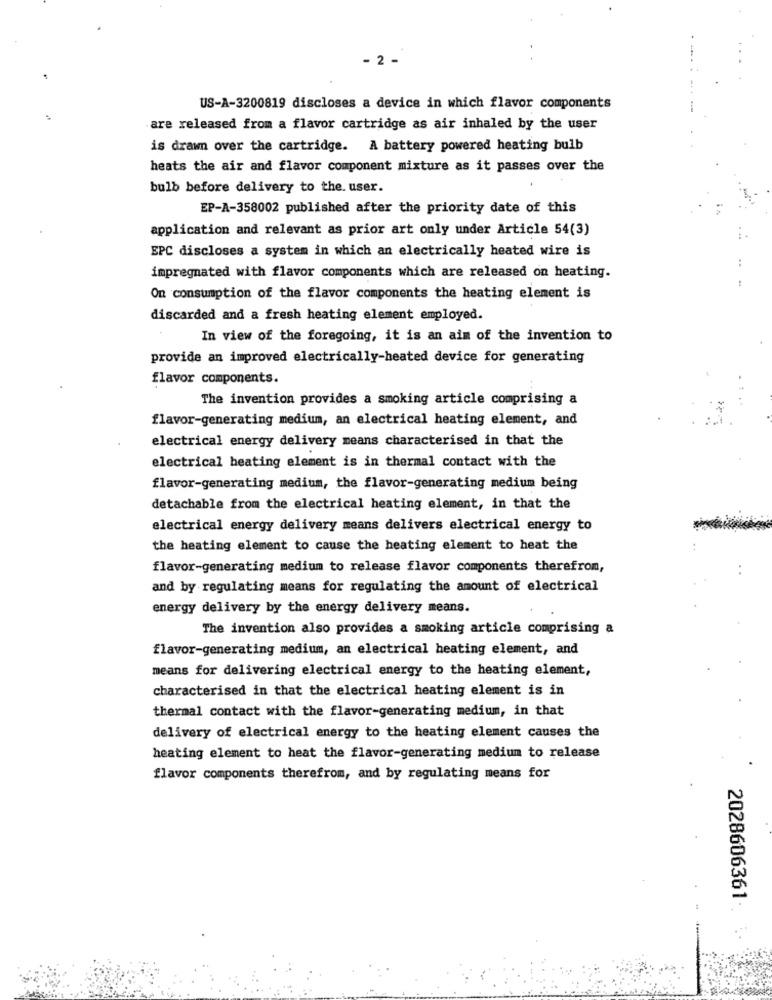
- 2 -
US-A-3200819 discloses a device in which flavor components
are released from a flavor cartridge as air inhaled by the user
is drawn over the cartridge. A battery powered heating bulb
heats the air and flavor component mixture as it passes over the
bulb before delivery to the. user.
EP-A-358002 published after the priority date of this
application and relevant as prior art only under Article 54(3)
EPC discloses a system in which an electrically heated wire is
..
impregnated with flavor components which are released on heating.
On consumption of the flavor components the heating element is
discarded and a fresh heating element employed.
In view of the foregoing, it is an aim of the invention to
provide an improved electrically-heated device for generating
flavor components.
The invention provides a smoking article comprising a
flavor-generating medium, an electrical heating element, and
electrical energy delivery means characterised in that the
electrical heating element is in thermal contact with the
flavor-generating medium, the flavor-generating medium being
detachable from the electrical heating element, in that the
electrical energy delivery means delivers electrical energy to
the heating element to cause the heating element to heat the
flavor-generating medium to release flavor components therefrom,
and by regulating means for regulating the amount of electrical
energy delivery by the energy delivery means.
The invention also provides a smoking article comprising a
flavor-generating medium, an electrical heating element, and
means for delivering electrical energy to the heating element,
characterised in that the electrical heating element is in
thermal contact with the flavor-generating medium, in that
delivery of electrical energy to the heating element causes the
heating element to heat the flavor-generating medium to release
flavor components therefrom, and by regulating means for
2028606361